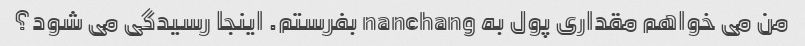
من می خواهم مقداری پول به nanchang بفرستم. اینجا رسیدگی می شود؟